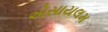
એસાયલમ